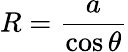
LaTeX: R={\frac{a}{\cos\theta}}